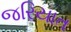
જરિયાત